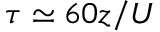
\tau \simeq 6 0 z / U